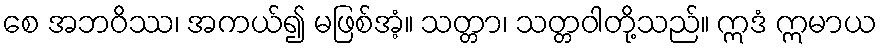
စေ အဘဝိဿ၊ အကယ်၍ မဖြစ်အံ့။ သတ္တာ၊ သတ္တဝါတို့သည်။ ဣဒံ ဣမာယ